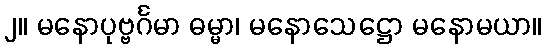
၂။ မနောပုဗ္ဗင်္ဂမာ ဓမ္မာ၊ မနောသေဋ္ဌော မနောမယာ။